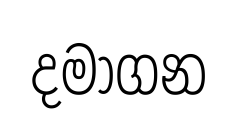
දමාගන